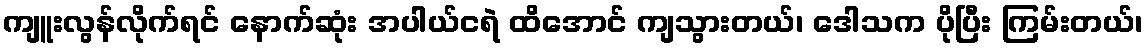
ကျူးလွန်လိုက်ရင် နောက်ဆုံး အပါယ်ငရဲ ထိအောင် ကျသွားတယ်၊ ဒေါသက ပိုပြီး ကြမ်းတယ်၊